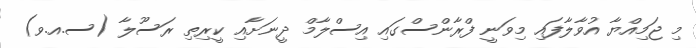
މި ޖަމިއްޔާ އުވާލާފައި މިވަނީ ފްރާންސްގައި އިސްލާމް ދީނަށާއި ކީރިތި ރަސޫލާ (ސ.އ.ވ)